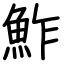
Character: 鮓